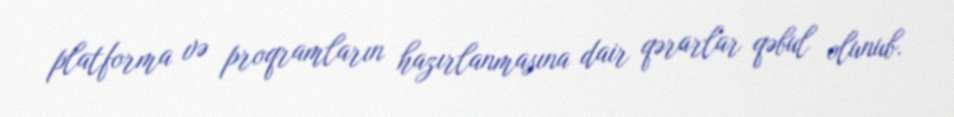
platforma və proqramların hazırlanmasına dair qərarlar qəbul olunub.